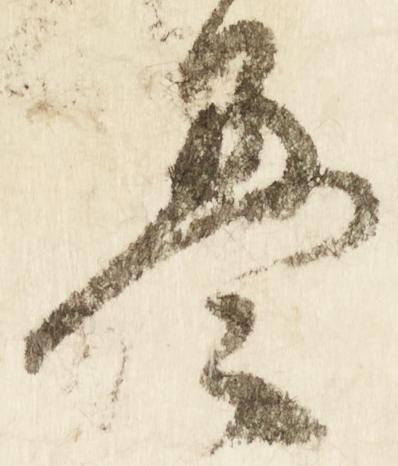
畳